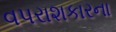
વપરાશકારના